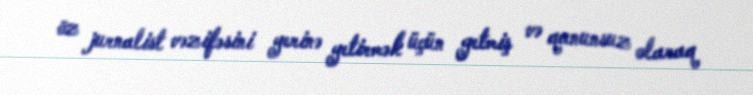
öz jurnalist vəzifəsini yerinə yetirmək üçün getmiş və qanunsuz olaraq